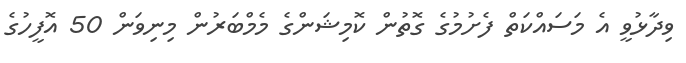
ވިދާޅުވީ އެ މަސައްކަތް ފެށުމުގެ ގޮތުން ކޮމިޝަންގެ މެމްބަރުން މިނިވަން 50 އޮފީހުގެ